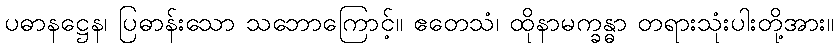
ပဓာနဋ္ဌေန၊ ပြဓာန်းသော သဘောကြောင့်။ ဧတေသံ၊ ထိုနာမက္ခန္ဓာ တရားသုံးပါးတို့အား။